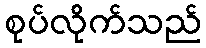
စုပ်လိုက်သည်